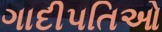
ગાદીપતિઓ